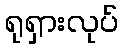
ရုရှားလုပ်